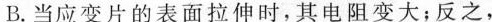
B. 当应变片的表面拉伸时，其电阻变大；反之，